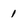
Character: 1